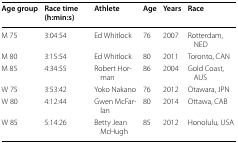
<table><thead><tr><td><b>Age group</b></td><td><b>Race time (h:min:s)</b></td><td><b>Athlete</b></td><td><b>Age</b></td><td><b>Years</b></td><td><b>Race</b></td></tr></thead><tbody><tr><td>M 75</td><td>3:04:54</td><td>Ed Whitlock</td><td>76</td><td>2007</td><td>Rotterdam, NED</td></tr><tr><td>M 80</td><td>3:15:54</td><td>Ed Whitlock</td><td>80</td><td>2011</td><td>Toronto, CAN</td></tr><tr><td>M 85</td><td>4:34:55</td><td>Robert Horman</td><td>86</td><td>2004</td><td>Gold Coast, AUS</td></tr><tr><td>W 75</td><td>3:53:42</td><td>Yoko Nakano</td><td>76</td><td>2012</td><td>Otawara, JPN</td></tr><tr><td>W 80</td><td>4:12:44</td><td>Gwen McFarlan</td><td>80</td><td>2014</td><td>Ottawa, CAB</td></tr><tr><td>W 85</td><td>5:14:26</td><td>Betty Jean McHugh</td><td>85</td><td>2012</td><td>Honolulu, USA</td></tr></tbody></table>